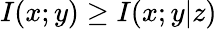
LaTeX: I(x;y)\geq I(x;y|z)